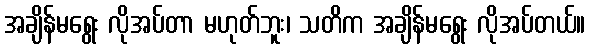
အချိန်မရွေး လိုအပ်တာ မဟုတ်ဘူး၊ သတိက အချိန်မရွေး လိုအပ်တယ်။